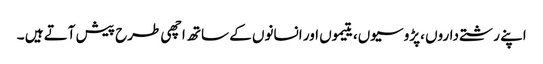
اپنے رشتے داروں ،پڑوسیوں، یتیموں اور انسانوں کے ساتھ اچھی طرح پیش آتے ہیں ۔